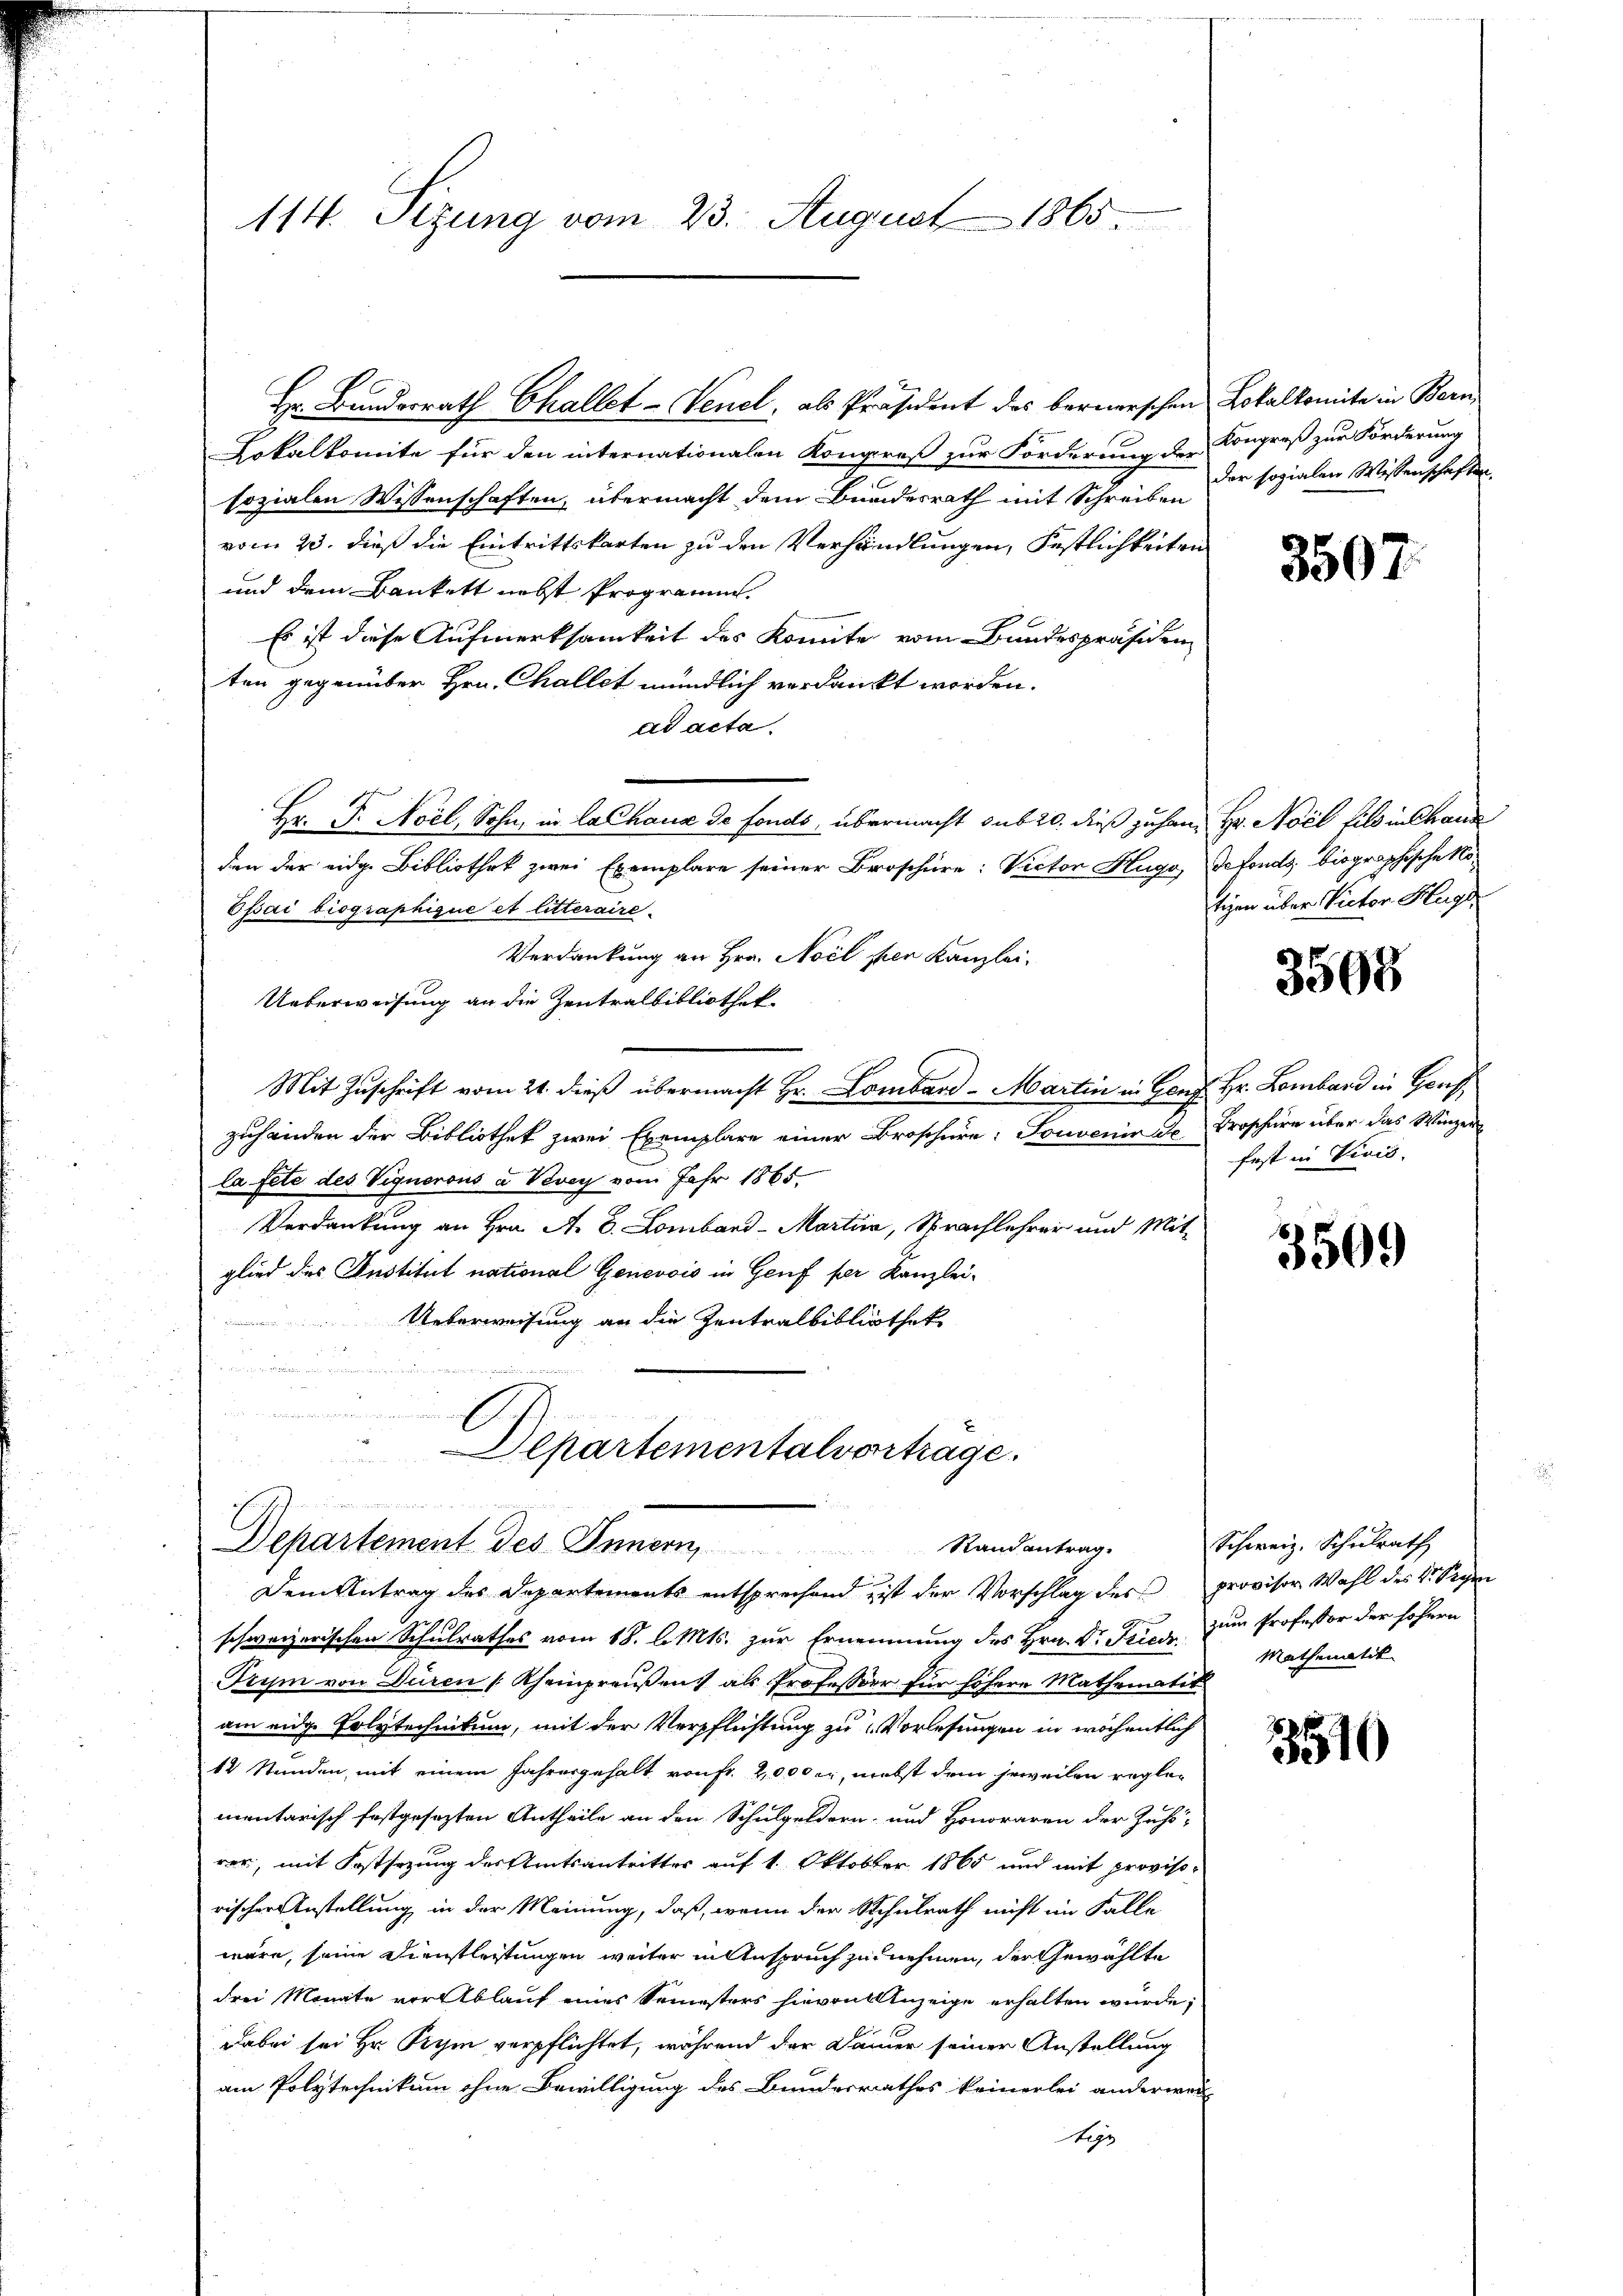
114. Sizung vom 23. August 1865.

1
Hr. Bundesrath Challet-Venel, als Präsident des bernerschen Lokalkomite in Bern
Lokalkomite für den internationalen Kongreß zur Forderung der Kongreß zur Förderung
sozialen Wissenschaften, übermacht dem Bundesrath mit Schreibe Dir sozialen Wissenschaften
vom 23. dieß die Eintrittskarten zu den Verhandlungen, Festlichkeiten
und dem Bankett nebst Programm.
Es ist diese Aufmerksamkeit des konnte vom Bundespräsiden
ten gegenüber Hrn. Challet mündlich verdankt worden.
ad acta.
Hr. P. Nocl, Sohn, in la Chaus de fonds, übermacht sub 20. dieß zu han Hr. Nocl fils in Chaus
den der eidg. Bibliothek zwei Exemplare seiner Broschüre: Victor Hugo, Gefonds biographische No¬
Epai biographique et litteraire-
Verdankung an Hrn. Nocl per Kanzlei.
Ueberweisung an die Zentralbibliothek-
Mit Zuschrift vom 21. dieß übermacht Hr. Lombard-Martin in Genf Hr. Lombard in Genf
zuhänden der Bibliothek zwei Exemplare einer Broschüre: Souvenir de Broschüre über das Winzer
la fete des Vignorons à Vevey vom Jahr 1865.
Verdankung an Hrn. A. E. Lombard-Martina, Sprachlehrer und Mit-
glied des Austitut national Genevois in Genf per Kanzlei¬
Ueberweisung an die Zentralbibliotheke
a
u
.

Departementalvortrage.
   in in
Departement des Innern, Randantrag.
Dem Antrag des Departements entsprechend ist der Vorschlag des provisor Wahl des V. Peye

schweizerischen Schulrathes vom 18. l. Mts. zur Ernennung des Hrn. Dr. Fried zum Professor der sofern
Trym von Duren (Rheinpreußen, als Professor für höhere Mathemater
am eidge Polytechnikum, mit der Verpflichtung zu Vorlesungen in wöchentlich
12 Stunden, mit einem Jahresgehalt von Fr. 2000 er, nebst dem jeweilen reglementarisch festgesezten Antheile an den Schulgeldern und Honoraren der Zusi-
rer, mit Festsezung des Amtsantritter auf 1. Oktober 1865 und mit provisorischer Anstellung in der Meinung, daß, wenn der Schulrath nicht im Falle
wäre, seine Dienstleistungen weiter in Anspruch zu nehmen, der Gewählte
drei Monate vor Ablauf eines Semesters hievon Anzeige erhalten würde;
dabei sei Hr. Rym verpflichtet, während der Dauer seiner Anstellung
am Polytechnikum ohne Bewilligung des Bundesrathes keinerlei anderwei-
tige

3507.

tigen über Victor Huge

3508

fest in Vicis.

3509

Schweiz. Schulrath
Mathematik

3510